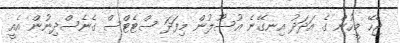
ޖެހޭ މީހުން ގެ އަދަދު އިނގޭނެ އުސޫލުން މިފަދަ ސްޓެޓްސް ގެނެސްދިނުން އެއީ